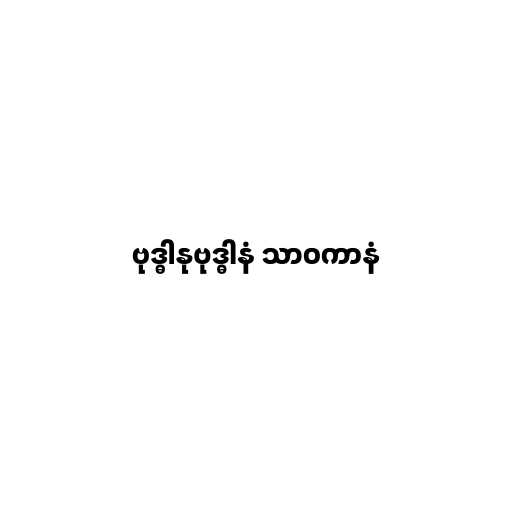
ဗုဒ္ဓါနုဗုဒ္ဓါနံ သာဝကာနံ